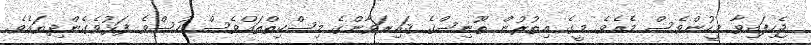
ޖެހިފައިވާ މީހުންވެސް މެއެވެ. މީގެ އިތުރުން ތޫނިސްގެ ޤައިރަވާންގެ މިސްކިތްތައްވެސް ހުސްވެ ފަޅުވެގެންދިޔައެވެ.